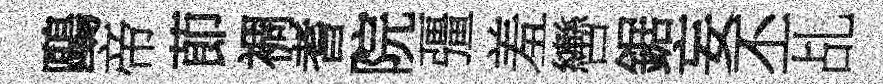
鷗帝莭裯耆院彊羞轡鋸妄丕乩